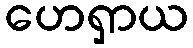
ဟေရှာယ